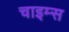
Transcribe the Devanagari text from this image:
चाइम्‍स